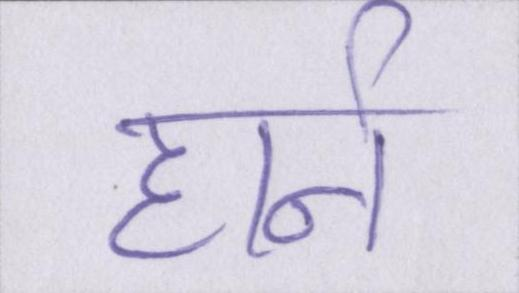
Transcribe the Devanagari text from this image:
हार्न